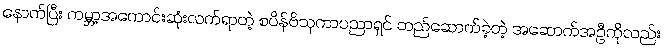
နောက်ပြီး ကမ္ဘာ့အကောင်းဆုံးလက်ရာတဲ့ စပိန်ဗိသုကာပညာရှင် တည်ဆောက်ခဲ့တဲ့ အဆောက်အဦကိုလည်း